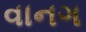
વાનગ